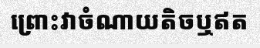
ព្រោះវាចំណាយតិចឬឥត